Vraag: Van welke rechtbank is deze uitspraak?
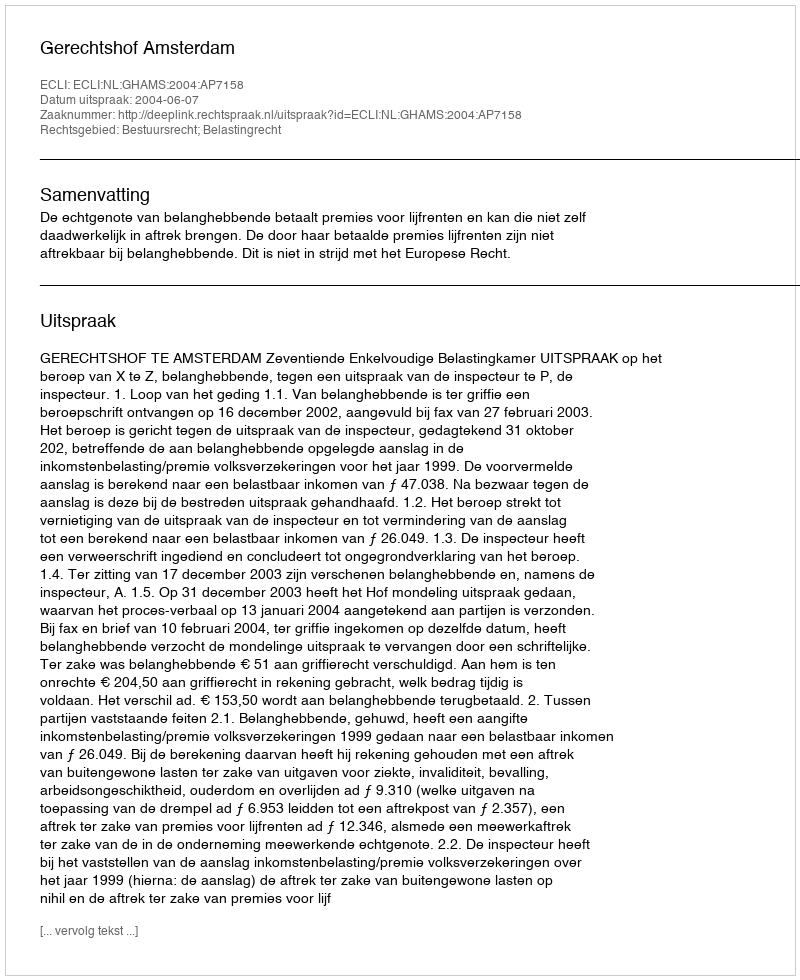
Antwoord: Gerechtshof Amsterdam